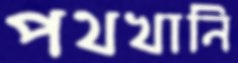
পথখানি